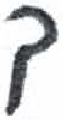
אות: ך